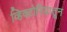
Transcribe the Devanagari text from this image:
व्हिक्टोरियातून